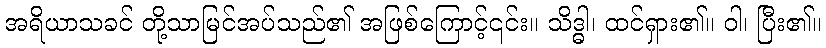
အရိယာသခင် တို့သာမြင်အပ်သည်၏ အဖြစ်ကြောင့်၎င်း။ သိဒ္ဓါ၊ ထင်ရှား၏။ ဝါ၊ ပြီး၏။